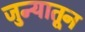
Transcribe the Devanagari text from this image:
जुन्यातून